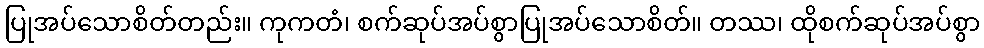
ပြုအပ်သောစိတ်တည်း။ ကုကတံ၊ စက်ဆုပ်အပ်စွာပြုအပ်သောစိတ်။ တဿ၊ ထိုစက်ဆုပ်အပ်စွာ